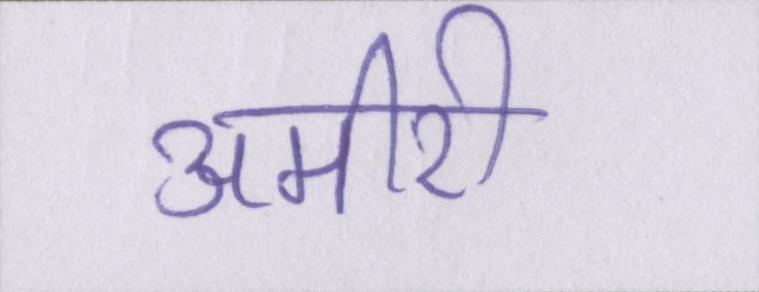
अमीरी